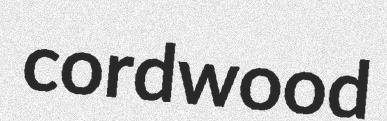
cordwood